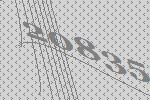
20835